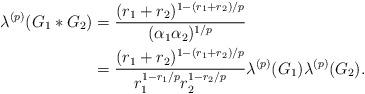
LaTeX: \begin{align*}\lambda^{(p)}(G_1*G_2) & =\frac{(r_1+r_2)^{1-(r_1+r_2)/p}}{(\alpha_1\alpha_2)^{1/p}}\\& =\frac{(r_1+r_2)^{1-(r_1+r_2)/p}}{r_1^{1-r_1/p}r_2^{1-r_2/p}}\lambda^{(p)}(G_1)\lambda^{(p)}(G_2). \end{align*}